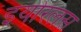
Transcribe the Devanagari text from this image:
इयोरलस